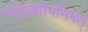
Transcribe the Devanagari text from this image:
मांडूक्योपनिषत्